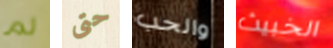
لم حتى والحب الخبيث